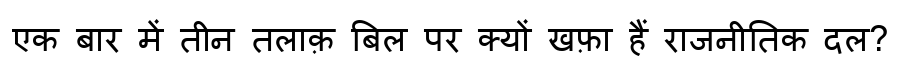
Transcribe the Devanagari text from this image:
एक बार में तीन तलाक़ बिल पर क्यों खफ़ा हैं राजनीतिक दल?